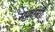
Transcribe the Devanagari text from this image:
सक्रामी